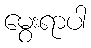
မွေးရာပါ